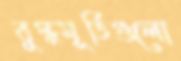
বুদ্ধমূর্তিগুলো